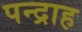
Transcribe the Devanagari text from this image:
पन्द्राह